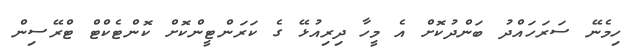
ހިމެނޭ ސަރަހައްދު ބަންދުކޮށް އެ މީހާ ދިރިއުޅޭ ގެ ކަރަންޓީންކޮށް ކޮންޓެކްޓް ޓްރޭސިން